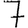
Digit: 7